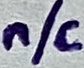
Text: n/c